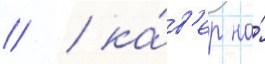
// / ка́в'ер на́